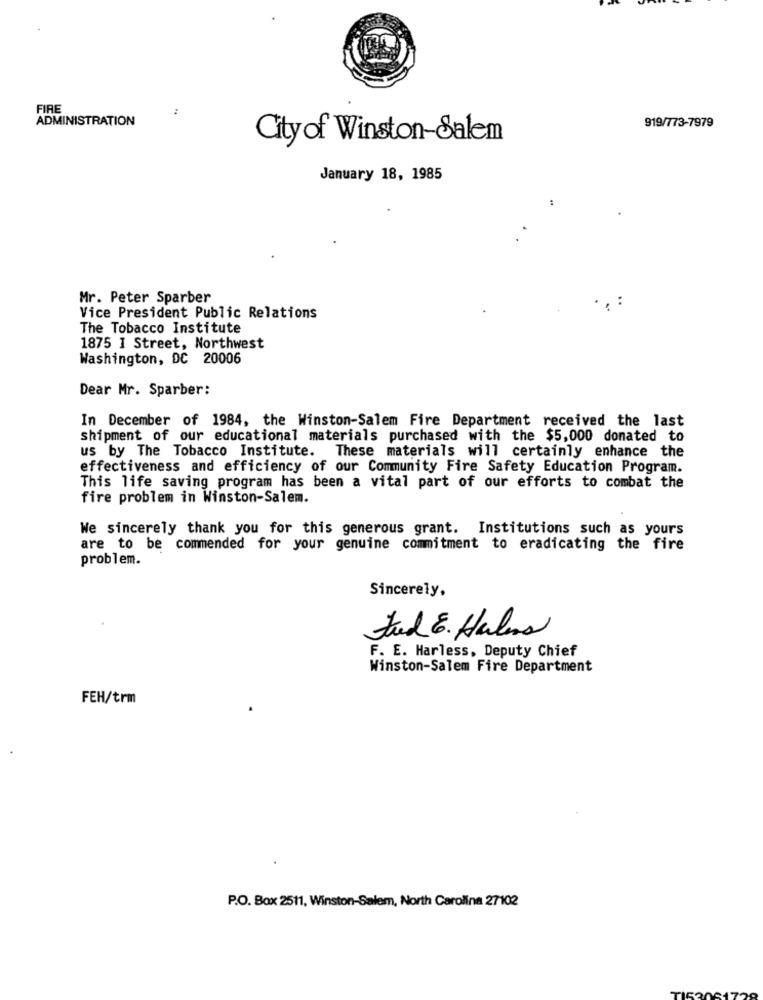
FIRE
:
ADMINISTRATION
919/773-7979
Cityof Winston-Salem
January 18, 1985
Mr. Peter Sparber
Vice President Public Relations
The Tobacco Institute
1875 I Street, Northwest
Washington, DC 20006
Dear Mr. Sparber:
In December of 1984, the Winston-Salem Fire Department received the last
shipment of our educational materials purchased with the $5,000 donated to
us by The Tobacco Institute. These materials will certainly enhance the
effectiveness and efficiency of our Community Fire Safety Education Program.
This life saving program has been a vital part of our efforts to combat the
fire problem in Winston-Salem.
We sincerely thank you for this generous grant. Institutions such as yours
are to be commended for your genuine commitment to eradicating the fire
problem.
Sincerely,
Jad E. Halens
F. E. Harless, Deputy Chief
Winston-Salem Fire Department
FEH/trm
P.O. Box 2511, Winston-Salem, North Carolina 27102